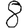
Digit: 8